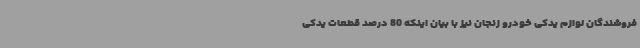
فروشندگان لوازم یدکی خودرو زنجان نیز با بیان اینکه 80 درصد قطعات یدکی